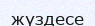
жүздесе